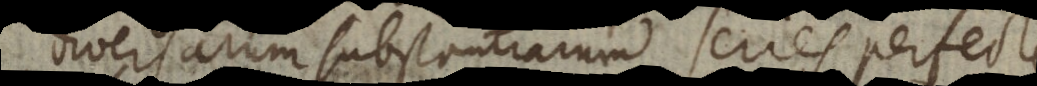
Diversarum substantiarum series perfect